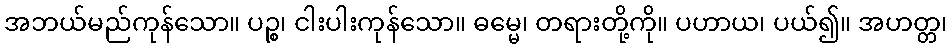
အဘယ်မည်ကုန်သော။ ပဉ္စ၊ ငါးပါးကုန်သော။ ဓမ္မေ၊ တရားတို့ကို။ ပဟာယ၊ ပယ်၍။ အဟတ္တ၊